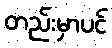
တည်းမှာပင်